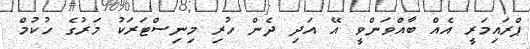
ޕްރައިމަރީ އެއް ބާއްވަންވީ އޭ އަދި ދެން ހުރި މިނިސްޓަރަކު މަރުގެ ހުކުމް